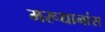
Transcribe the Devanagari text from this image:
मरूद्यानांस